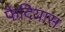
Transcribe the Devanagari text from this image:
फैदियास